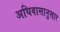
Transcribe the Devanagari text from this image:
अधिवासानुसार